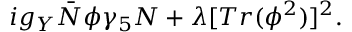
i g _ { Y } { \bar { N } } \phi \gamma _ { 5 } N + \lambda [ T r ( \phi ^ { 2 } ) ] ^ { 2 } .